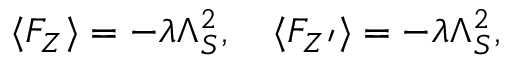
\langle F _ { Z } \rangle = - \lambda \Lambda _ { S } ^ { 2 } , \quad \langle F _ { Z ^ { \prime } } \rangle = - \lambda \Lambda _ { S } ^ { 2 } ,